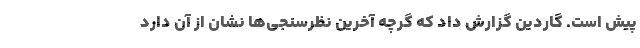
پیش است. گاردین گزارش داد که گرچه آخرین نظرسنجی‌ها نشان از آن دارد